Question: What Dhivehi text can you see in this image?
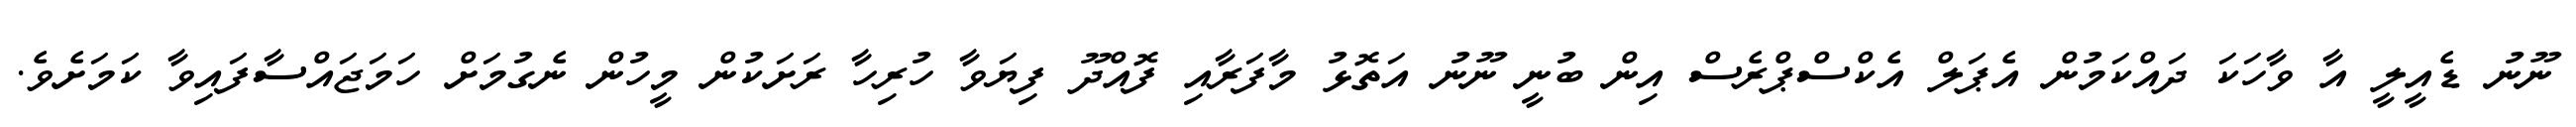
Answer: ނޫނު ޑެއީލީ އާ ވާހަކަ ދައްކަމުން އެޕަލް އެކްސްޕްރެސް އިން ބުނީ ނޫނު އަތޮޅު މާފަރާއި ފޮއްދޫ ފިޔަވާ ހުރިހާ ރަށަކުން މީހުން ނެގުމަށް ހަމަޖައްސާފައިވާ ކަމަށެވެ.